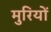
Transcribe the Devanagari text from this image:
मुरियों